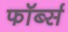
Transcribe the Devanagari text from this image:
फॉर्ब्स